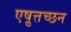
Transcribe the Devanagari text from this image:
एष़ुत्तच्छन